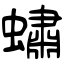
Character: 蟰